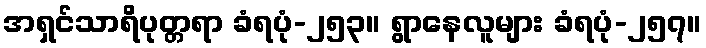
အရှင်သာရိပုတ္တရာ ခံရပုံ-၂၅၃။ ရွာနေလူများ ခံရပုံ-၂၅၇။